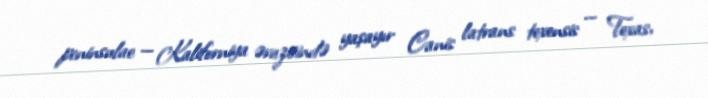
peninsulae — Kaliforniya ərazisində yaşayır Canis latrans texensis — Texas,